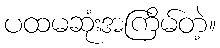
ပထမဆုံးအကြိမ်တဲ့။